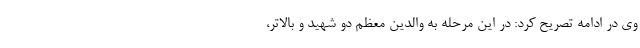
وی در ادامه تصریح کرد: در این مرحله به والدین معظم دو شهید و بالاتر،